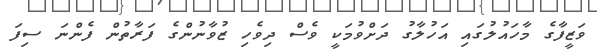
ވަޒީފާގެ މާހައުލުގައި އަހުލާގު ދަށްވުމަކީ ވެސް ދިވެހި ޒުވާނުންގެ ފަރާތުން ފެންނަ ސިފަ